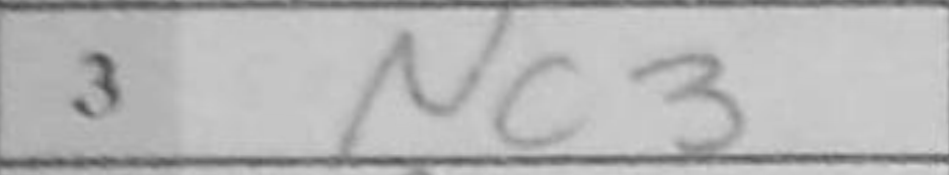
Transcription: Nc3